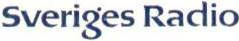
Sveriges Radio